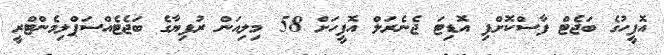
އޮފީހުގެ ބަޖެޓް ފާސްކޮށްފި އޮޑިޓަ ޖެނެރަލް އޮފީހަށް 58 މިލިއަން ރުފިޔާގެ ބަޖެޓެއްސަޕްލިމެންޓްރީ